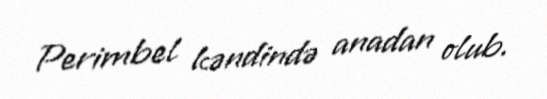
Perimbel kəndində anadan olub.